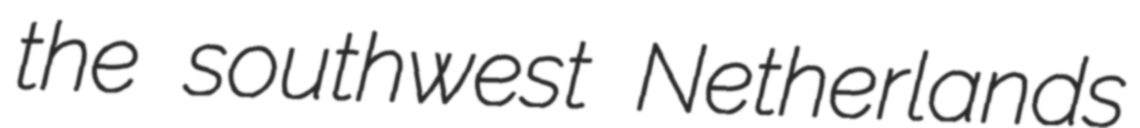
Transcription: the southwest Netherlands